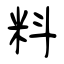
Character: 料